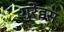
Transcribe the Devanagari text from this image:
गुरेइस